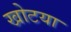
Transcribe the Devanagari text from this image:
खोटया